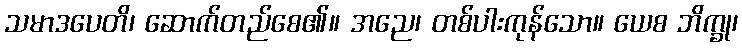
သမာဒပေတိ၊ ဆောက်တည်စေ၏။ အညေ၊ တစ်ပါးကုန်သော။ ယေစ ဘိက္ခု၊